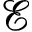
\mathcal E